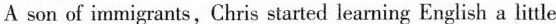
A son of immigrants, Chris started learning English a little